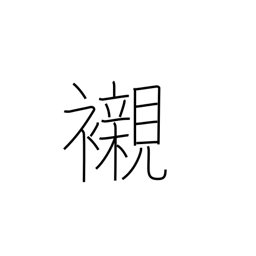
Meaning: underwear